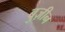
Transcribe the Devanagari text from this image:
बुज़ीन